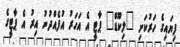
ފިޔައިގެ ހަރުކަށި "ލިކޫޑް" ޕާޓީ އެ އަހަރު އުފެއްދުނު އިރު އެ ޕާޓީގެ